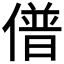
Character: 𰂰